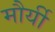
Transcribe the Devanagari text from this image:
मौर्यी